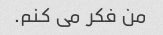
من فکر می کنم.